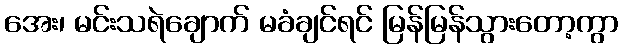
အေး၊ မင်းသရဲချောက် မခံချင်ရင် မြန်မြန်သွားတော့ကွာ